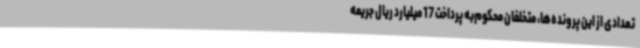
تعدادی از این پرونده‌ها، متخلفان محکوم‌به پرداخت 17 میلیارد ریال جریمه